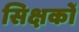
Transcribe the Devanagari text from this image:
सिक्षकों